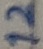
Text: 12